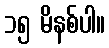
၁၅ မိနစ်ပါ။